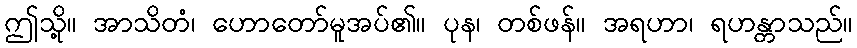
ဤသို့။ အာသိတံ၊ ဟောတော်မူအပ်၏။ ပုန၊ တစ်ဖန်။ အရဟာ၊ ရဟန္တာသည်။